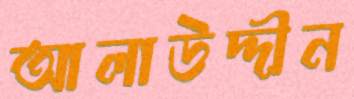
আলাউদ্দীন